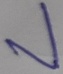
Text: V